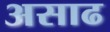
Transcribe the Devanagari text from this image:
असाढ